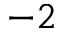
- 2